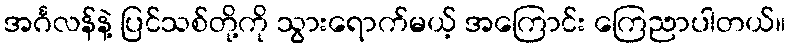
အင်္ဂလန်နဲ့ ပြင်သစ်တို့ကို သွားရောက်မယ့် အကြောင်း ကြေညာပါတယ်။